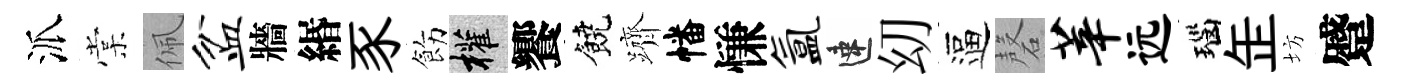
派棠佩盆牆緡豕飭權饗饒躋幡慊氲速㓜逼磬莘远瑙𦈢坊蹙